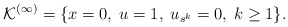
\begin{align*}\mathcal{K}^{(\infty)} = \{x=0,\; u=1,\; u_{s^k}=0,\; k\geq 1\}.\end{align*}